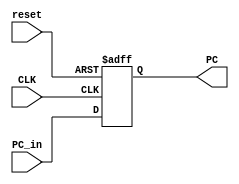
module ProgramCounter
(
    input   wire            CLK,
    input   wire            reset,
    input   wire   [31:0]   PC_in,
    output  reg    [31:0]   PC
);

always @(posedge CLK , negedge reset)
    begin
        if (~reset)
            begin
                PC <= 32'b0;
            end
        else
            begin
                PC <= PC_in;
            end
    end
endmodule